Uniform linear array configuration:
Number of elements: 48
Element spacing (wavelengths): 0.75
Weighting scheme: hann
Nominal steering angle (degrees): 15
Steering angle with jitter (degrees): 13.631
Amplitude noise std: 0.05
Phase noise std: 0.05

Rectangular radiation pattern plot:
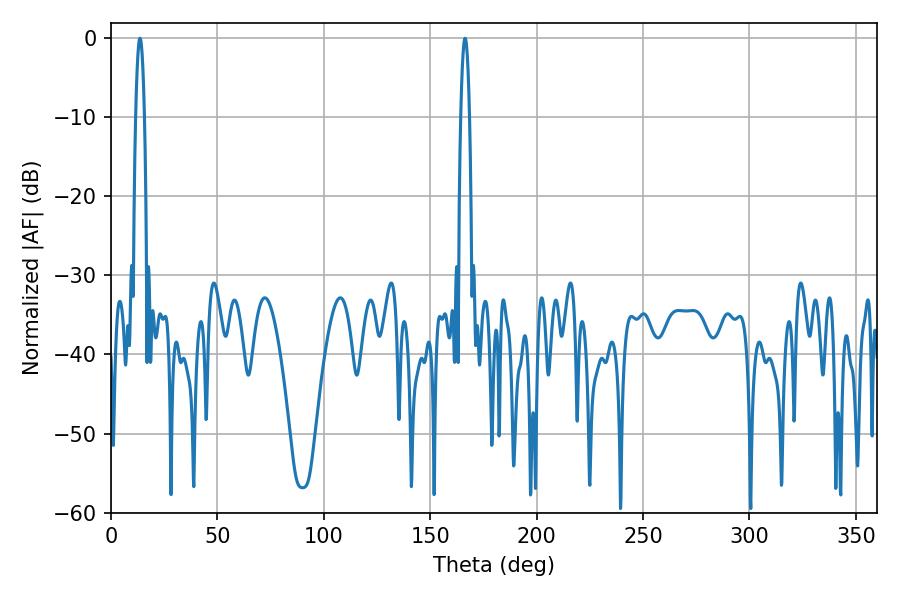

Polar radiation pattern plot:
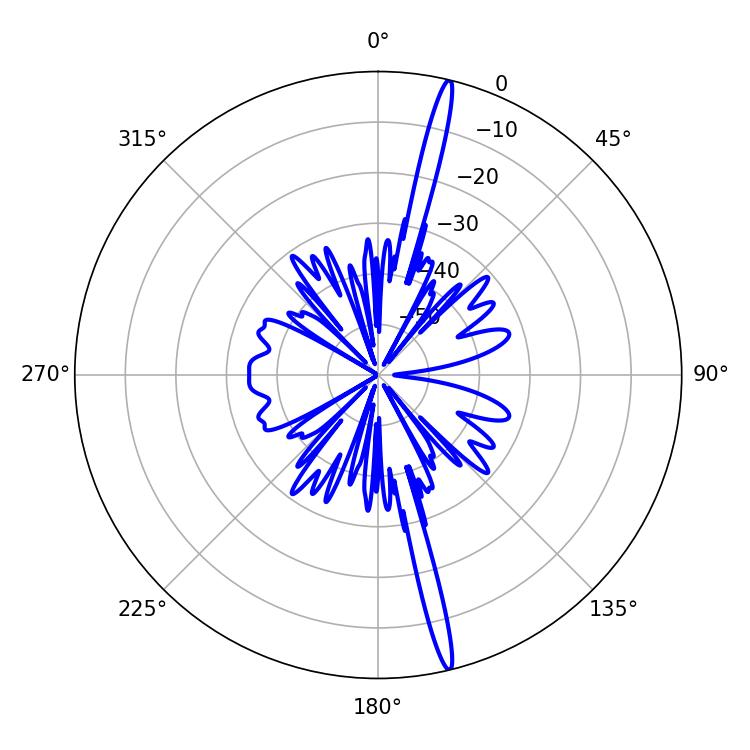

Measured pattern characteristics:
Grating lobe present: TRUE
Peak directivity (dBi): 19.902
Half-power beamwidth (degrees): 2.16
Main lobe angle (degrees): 166.32